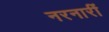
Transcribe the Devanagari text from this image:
नरनारीं